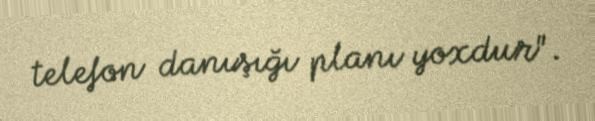
telefon danışığı planı yoxdur".